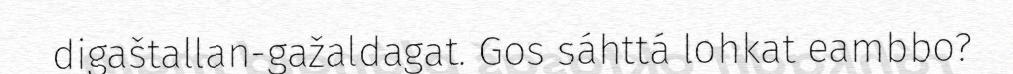
digaštallan-gažaldagat. Gos sáhttá lohkat eambbo?